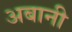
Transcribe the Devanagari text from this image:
अबानी